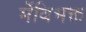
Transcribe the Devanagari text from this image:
मेंविभक्त